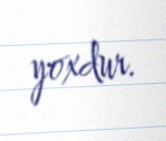
yoxdur.